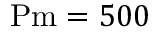
\mathrm { P m } = 5 0 0